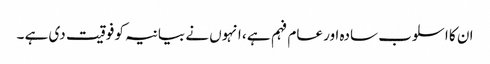
ان کا اسلوب سادہ اور عام فہم ہے ، انہوں نے بیانیہ کو فوقیت دی ہے ۔